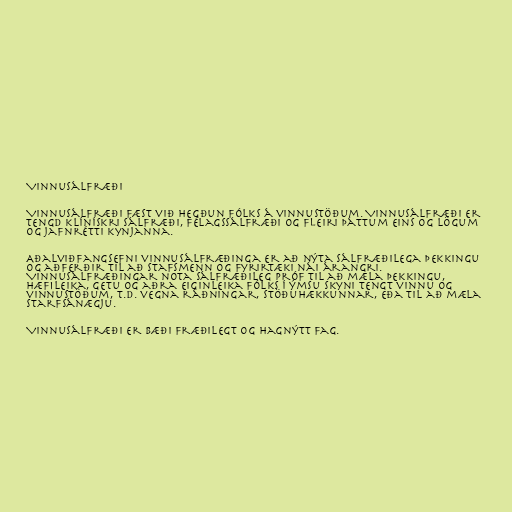
Vinnusálfræði

Vinnusálfræði fæst við hegðun fólks á vinnustöðum. Vinnusálfræði er
tengd klínískri sálfræði, félagssálfræði og fleiri þáttum eins og lögum
og jafnrétti kynjanna.

Aðalviðfangsefni vinnusálfræðinga er að nýta sálfræðilega þekkingu
og aðferðir til að stafsmenn og fyrirtæki nái árangri.
Vinnusálfræðingar nota sálfræðileg próf til að mæla þekkingu,
hæfileika, getu og aðra eiginleika fólks í ýmsu skyni tengt vinnu og
vinnustöðum, t.d. vegna ráðningar, stöðuhækkunnar, eða til að mæla
starfsánægju.

Vinnusálfræði er bæði fræðilegt og hagnýtt fag.